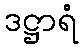
ဒဋ္ဌာရံ